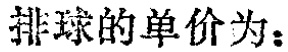
排球的单价为：